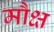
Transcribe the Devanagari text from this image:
मौक्ष